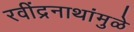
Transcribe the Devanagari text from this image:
रवींद्रनाथांमुळे